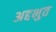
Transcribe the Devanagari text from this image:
अद्दभुत